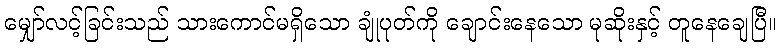
မျှော်လင့်ခြင်းသည် သားကောင်မရှိသော ချုံပုတ်ကို ချောင်းနေသော မုဆိုးနှင့် တူနေချေပြီ။